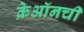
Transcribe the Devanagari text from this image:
क्रेऑनची